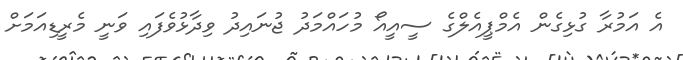
އެ އަމުރާ ގުޅިގެން އެމްޕީއެލްގެ ސީއީއޯ މުހައްމަދު ޖުނައިދު ވިދާޅުވެފައި ވަނީ މެރީޑިއަމަށް